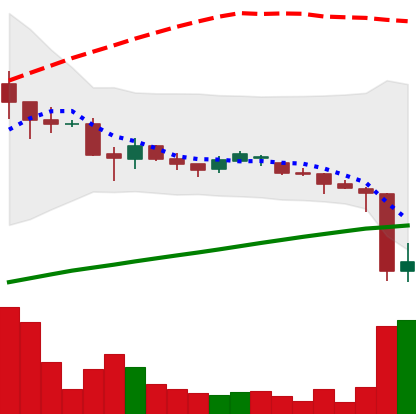
Ticker: DOGE-USD
Chart end date: 2021-06-22
Forward return: 38.433%
Label: up_7plus